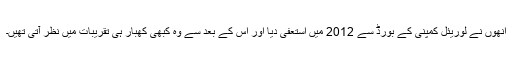
انھوں نے لوریئل کمپنی کے بورڈ سے 2012 میں استعفیٰ دیا اور اس کے بعد سے وہ کبھی کھبار ہی تقریبات میں نظر آتی تھیں۔